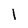
Character: 1